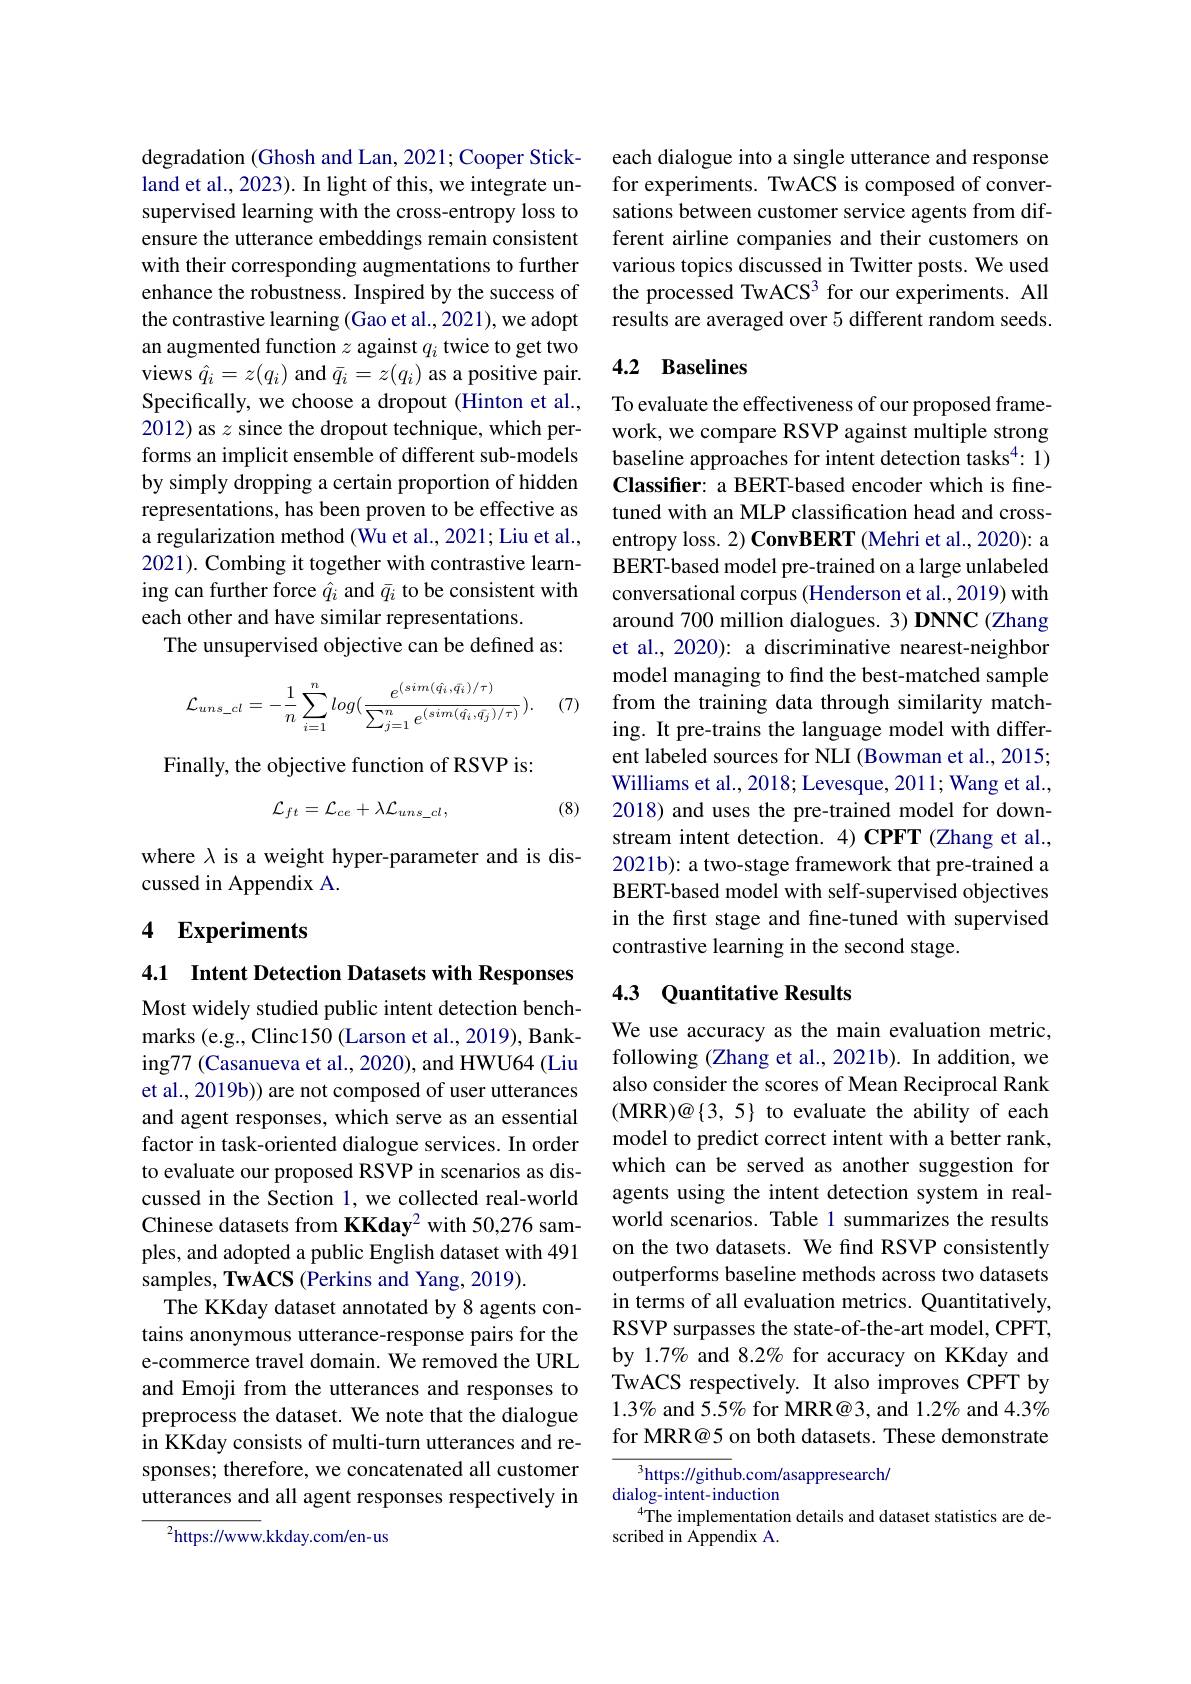
degradation (Ghosh and Lan, 2021; Cooper Stickland et al., 2023). In light of this, we integrate unsupervised learning with the cross-entropy loss to ensure the utterance embeddings remain consistent with their corresponding augmentations to further enhance the robustness. Inspired by the success of the contrastive learning (Gao et al., 2021), we adopt an augmented function $z$ against $q_i$ twice to get two views $\hat{q}_i=z(q_i)$ and $\bar{q}_i=z(q_i)$ as a positive pair. Specifically, we choose a dropout (Hinton et al., 2012) as $z$ since the dropout technique, which performs an implicit ensemble of different sub-models by simply dropping a certain proportion of hidden representations, has been proven to be effective as a regularization method (Wu et al., 2021; Liu et al., 2021). Combing it together with contrastive learning can further force $\hat{q}_i$ and $\bar{q}_i$ to be consistent with each other and have similar representations.
The unsupervised objective can be defined as:
$$\mathcal{L}_{uns_cl}=-\frac{1}{n}\sum_{i=1}^{n}log(\frac{e^{(sim(\hat{q_{i}},\bar{q_{i}})/\tau)}}{\sum_{j=1}^{n}e^{(sim(\hat{q_{i}},\bar{q_{j}})/\tau)}}).$$
(7)

Finally, the objective function of RSVP is:

(8)
$$\mathcal{L}_{ft}=\mathcal{L}_{ce}+\lambda\mathcal{L}_{uns_cl},$$
where $\lambda$ is a weight hyper-parameter and is dis-
cussed in Appendix A.

## 4 Experiments

4.1 Intent Detection Datasets with Responses

Most widely studied public intent detection benchmarks (e.g., Clinc150 (Larson et al., 2019), Banking77 (Casanueva et al., 2020), and HWU64 (Liu et al., 2019b)) are not composed of user utterances and agent responses, which serve as an essential factor in task-oriented dialogue services. In order to evaluate our proposed RSVP in scenarios as discussed in the Section 1, we collected real-world Chinese datasets from KKday$^2$ with 50,276 samples, and adopted a public English dataset with 491 samples, TwACS (Perkins and Yang, 2019).
The KKday dataset annotated by 8 agents contains anonymous utterance-response pairs for the e-commerce travel domain. We removed the URL and Emoji from the utterances and responses to preprocess the dataset. We note that the dialogue in KKday consists of multi-turn utterances and responses; therefore, we concatenated all customer utterances and all agent responses respectively in

${^{2}\mathrm{https:}//\mathrm{www.kkday.com/en-us}}$

each dialogue into a single utterance and response for experiments. TwACS is composed of conversations between customer service agents from different airline companies and their customers on various topics discussed in Twitter posts. We used the processed TwACS$^3$ for our experiments. All results are averaged over 5 different random seeds.

## 4.2 Baselines

To evaluate the effectiveness of our proposed framework, we compare RSVP against multiple strong baseline approaches for intent detection tasks$^{4}:1)$ Classifier: a BERT-based encoder which is finetuned with an MLP classification head and crossentropy loss. 2) ConvBERT (Mehri et al., 2020): a BERT-based model pre-trained on a large unlabeled conversational corpus (Henderson et al., 2019) with around 700 million dialogues. 3) DNNC (Zhang et al., 2020): a discriminative nearest-neighbor model managing to find the best-matched sample from the training data through similarity matching. It pre-trains the language model with different labeled sources for NLI (Bowman et al., 2015; Williams et al., 2018; Levesque, 2011; Wang et al., 2018) and uses the pre-trained model for downstream intent detection. 4) CPFT (Zhang et al., 2021b): a two-stage framework that pre-trained a BERT-based model with self-supervised objectives in the first stage and fine-tuned with supervised contrastive learning in the second stage.

### 4.3 Quantitative Results

We use accuracy as the main evaluation metric, following (Zhang et al., 2021b). In addition, we also consider the scores of Mean Reciprocal Rank $(\mathbf{MRR})@\{3,5\}$ to evaluate the ability of each model to predict correct intent with a better rank, which can be served as another suggestion for agents using the intent detection system in realworld scenarios. Table 1 summarizes the results on the two datasets. We find RSVP consistently outperforms baseline methods across two datasets in terms of all evaluation metrics. Quantitatively, RSVP surpasses the state-of-the-art model, CPFT, by 1.7% and 8.2% for accuracy on KKday and TwACS respectively. It also improves CPFT by $1.3\%$ and 5.5% for MRR@3, and 1.2% and 4.3% for MRR@5 on both datasets. These demonstrate

${^3\text{https:}//\text{github.com/asappresearch/}}$
dialog- intent- induction
$^{4}$The implementation details and dataset statistics are de-
scribed in Appendix A.